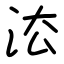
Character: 㳒